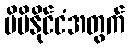
မိမိနိုင်ငံအတွက်